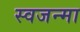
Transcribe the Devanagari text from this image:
स्वजन्मा